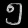
Digit: ၅